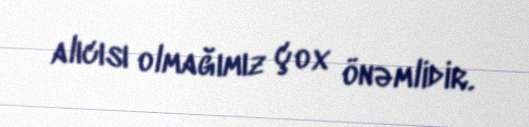
alıcısı olmağımız çox önəmlidir.